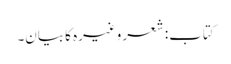
کتاب: شعر وغیرہ کا بیان۔